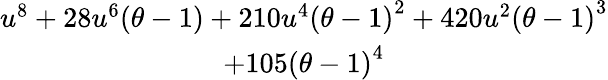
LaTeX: \begin{array}{c}{u^{8}+28u^{6}(\theta-1)+210u^{4}{(\theta-1)}^{2}+420u^{2}{(\theta-1)}^{3}}\\ {+105{(\theta-1)}^{4}}\end{array}